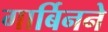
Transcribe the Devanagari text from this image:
गार्बिनने